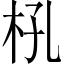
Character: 𣏺